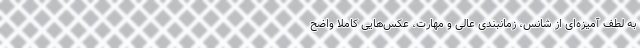
به لطف آمیزه‌ای از شانس، زمانبندی عالی و مهارت، عکس‌هایی کاملاً واضح